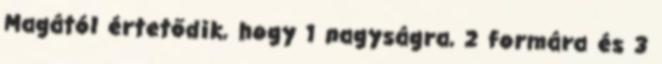
Magától értetődik, hogy 1 nagyságra, 2 formára és 3